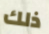
ذلك